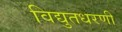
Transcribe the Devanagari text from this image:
विद्युतधरणी